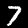
Label: 7